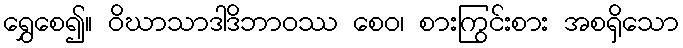
ရွှေစေ၍။ ဝိဃာသာဒါဒိဘာဝဿ စေဝ၊ စားကြွင်းစား အစရှိသော